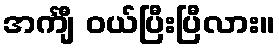
အင်္ကျီ ဝယ်ပြီးပြီလား။